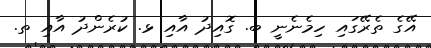
އޭގެ ތެރޭގައި ހިމެނެނީ ބ. ގޮއިދު އާއި ޅ. ކުރެންދު އާއި ތ.